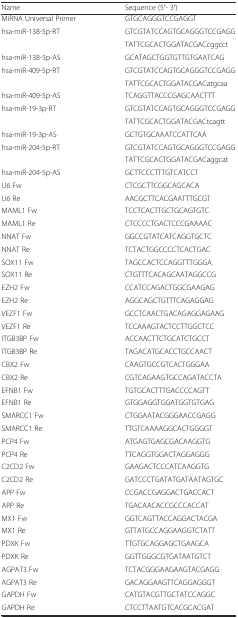
<table><thead><tr><td><b>Name</b></td><td><b>Sequence (5′- 3′)</b></td></tr></thead><tbody><tr><td>MiRNA Universal Primer</td><td>GTGCAGGGTCCGAGGT</td></tr><tr><td rowspan="2">hsa-miR-138-5p-RT</td><td>GTCGTATCCAGTGCAGGGTCCGAGG</td></tr><tr><td>TATTCGCACTGGATACGACcggcct</td></tr><tr><td>hsa-miR-138-5p-AS</td><td>GCATAGCTGGTGTTGTGAATCAG</td></tr><tr><td rowspan="2">hsa-miR-409-5p-RT</td><td>GTCGTATCCAGTGCAGGGTCCGAGG</td></tr><tr><td>TATTCGCACTGGATACGACatgcaa</td></tr><tr><td>hsa-miR-409-5p-AS</td><td>TCAGGTTACCCGAGCAACTTT</td></tr><tr><td rowspan="2">hsa-miR-19-3p-RT</td><td>GTCGTATCCAGTGCAGGGTCCGAGG</td></tr><tr><td>TATTCGCACTGGATACGACtcagtt</td></tr><tr><td>hsa-miR-19-3p-AS</td><td>GCTGTGCAAATCCATTCAA</td></tr><tr><td rowspan="2">hsa-miR-204-5p-RT</td><td>GTCGTATCCAGTGCAGGGTCCGAGG</td></tr><tr><td>TATTCGCACTGGATACGACaggcat</td></tr><tr><td>hsa-miR-204-5p-AS</td><td>GCTTCCCTTTGTCATCCT</td></tr><tr><td>U6 Fw</td><td>CTCGCTTCGGCAGCACA</td></tr><tr><td>U6 Re</td><td>AACGCTTCACGAATTTGCGT</td></tr><tr><td>MAML1 Fw</td><td>TCCTCACTTGCTGCAGTGTC</td></tr><tr><td>MAML1 Re</td><td>CTCCCCTGACTCCCGAAAAC</td></tr><tr><td>NNAT Fw</td><td>GGCCGTATCATCAGGTGCTC</td></tr><tr><td>NNAT Re</td><td>TCTACTGGCCCCTCACTGAC</td></tr><tr><td>SOX11 Fw</td><td>TAGCCACTCCAGGTTTGGGA</td></tr><tr><td>SOX11 Re</td><td>CTGTTTCACAGCAATAGGCCG</td></tr><tr><td>EZH2 Fw</td><td>CCATCCAGACTGGCGAAGAG</td></tr><tr><td>EZH2 Re</td><td>AGGCAGCTGTTTCAGAGGAG</td></tr><tr><td>VEZF1 Fw</td><td>GCCTCAACTGACAGAGGAGAAG</td></tr><tr><td>VEZF1 Re</td><td>TCCAAAGTACTCCTTGGCTCC</td></tr><tr><td>ITGB3BP Fw</td><td>ACCAACTTCTGCATCTGCCT</td></tr><tr><td>ITGB3BP Re</td><td>TAGACATGCACCTGCCAACT</td></tr><tr><td>CBX2 Fw</td><td>CAAGTGCCGTCACTGGGAA</td></tr><tr><td>CBX2 Re</td><td>CGTCAGAAGTGCCAGATACCTA</td></tr><tr><td>EFNB1 Fw</td><td>TGTGCACTTTGACCCCAGTT</td></tr><tr><td>EFNB1 Re</td><td>GTGGAGGTGGATGGTGTGAG</td></tr><tr><td>SMARCC1 Fw</td><td>CTGGAATACGGGAACCGAGG</td></tr><tr><td>SMARCC1 Re</td><td>TTGTCAAAAGGCACTGGGGT</td></tr><tr><td>PCP4 Fw</td><td>ATGAGTGAGCGACAAGGTG</td></tr><tr><td>PCP4 Re</td><td>TTCAGGTGGACTAGGAGGG</td></tr><tr><td>C2CD2 Fw</td><td>GAAGACTCCCATCAAGGTG</td></tr><tr><td>C2CD2 Re</td><td>GATCCCTGATATGATAATAGTGC</td></tr><tr><td>APP Fw</td><td>CCGACCGAGGACTGACCACT</td></tr><tr><td>APP Re</td><td>TGACAACACCGCCCACCAT</td></tr><tr><td>MX1 Fw</td><td>GGTCAGTTACCAGGACTACGA</td></tr><tr><td>MX1 Re</td><td>GTTATGCCAGGAAGGTCTATT</td></tr><tr><td>PDXK Fw</td><td>TTGTGCAGGAGCTGAAGCA</td></tr><tr><td>PDXK Re</td><td>GGTTGGGCGTGATAATGTCT</td></tr><tr><td>AGPAT3 Fw</td><td>TCTACGGGAAGAAGTACGAGG</td></tr><tr><td>AGPAT3 Re</td><td>GACAGGAAGTTCAGGAGGGT</td></tr><tr><td>GAPDH Fw</td><td>CATGTACGTTGCTATCCAGGC</td></tr><tr><td>GAPDH Re</td><td>CTCCTTAATGTCACGCACGAT</td></tr></tbody></table>